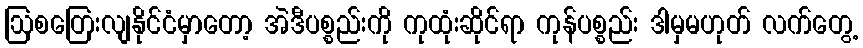
ဩစတြေးလျနိုင်ငံမှာတော့ အဲဒီပစ္စည်းကို ကုထုံးဆိုင်ရာ ကုန်ပစ္စည်း ဒါမှမဟုတ် လက်တွေ့